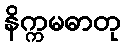
နိက္ကမဓာတု